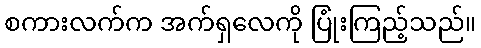
စကားလက်က အက်ရှလေကို ပြုံးကြည့်သည်။